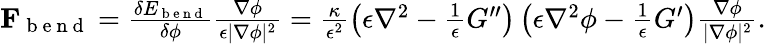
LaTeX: \begin{array}{r}{\mathbf{F}_{\mathrm{~b~e~n~d~}}=\frac{\delta E_{\mathrm{~b~e~n~d~}}}{\delta\phi}\frac{\nabla\phi}{\epsilon|\nabla\phi|^{2}}=\frac{\kappa}{\epsilon^{2}}\left(\epsilon\nabla^{2}-\frac{1}{\epsilon}G^{\prime\prime}\right)\left(\epsilon\nabla^{2}\phi-\frac{1}{\epsilon}G^{\prime}\right)\frac{\nabla\phi}{|\nabla\phi|^{2}}.}\end{array}